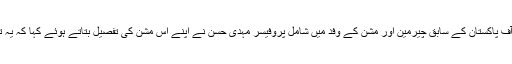
ہیومن رائٹس کمیشن آف پاکستان کے سابق چیرمین اور مشن کے وفد میں شامل پروفیسر مہدی حسن نے اپنے اِس مشن کی تفصیل بتاتے ہوئے کہا کہ یہ تیسرا چوتھا مشن ہے۔